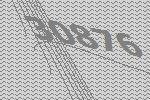
30876